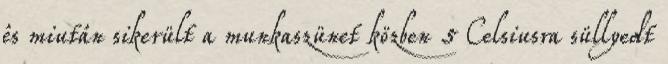
és miután sikerült a munkaszünet közben 5 Celsiusra süllyedt